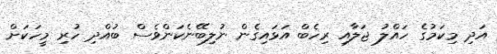
އަދި މިކަމުގެ ހައްލު ޖަލާއި ރިހެބް އަޅައިގެން ނުލިބޭނެކަންވެސް ބުއްދި ހުރި މީހަކަށް